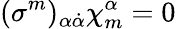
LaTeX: (\sigma^{m})_{\alpha\dot{\alpha}}\chi_{m}^{\alpha}=0